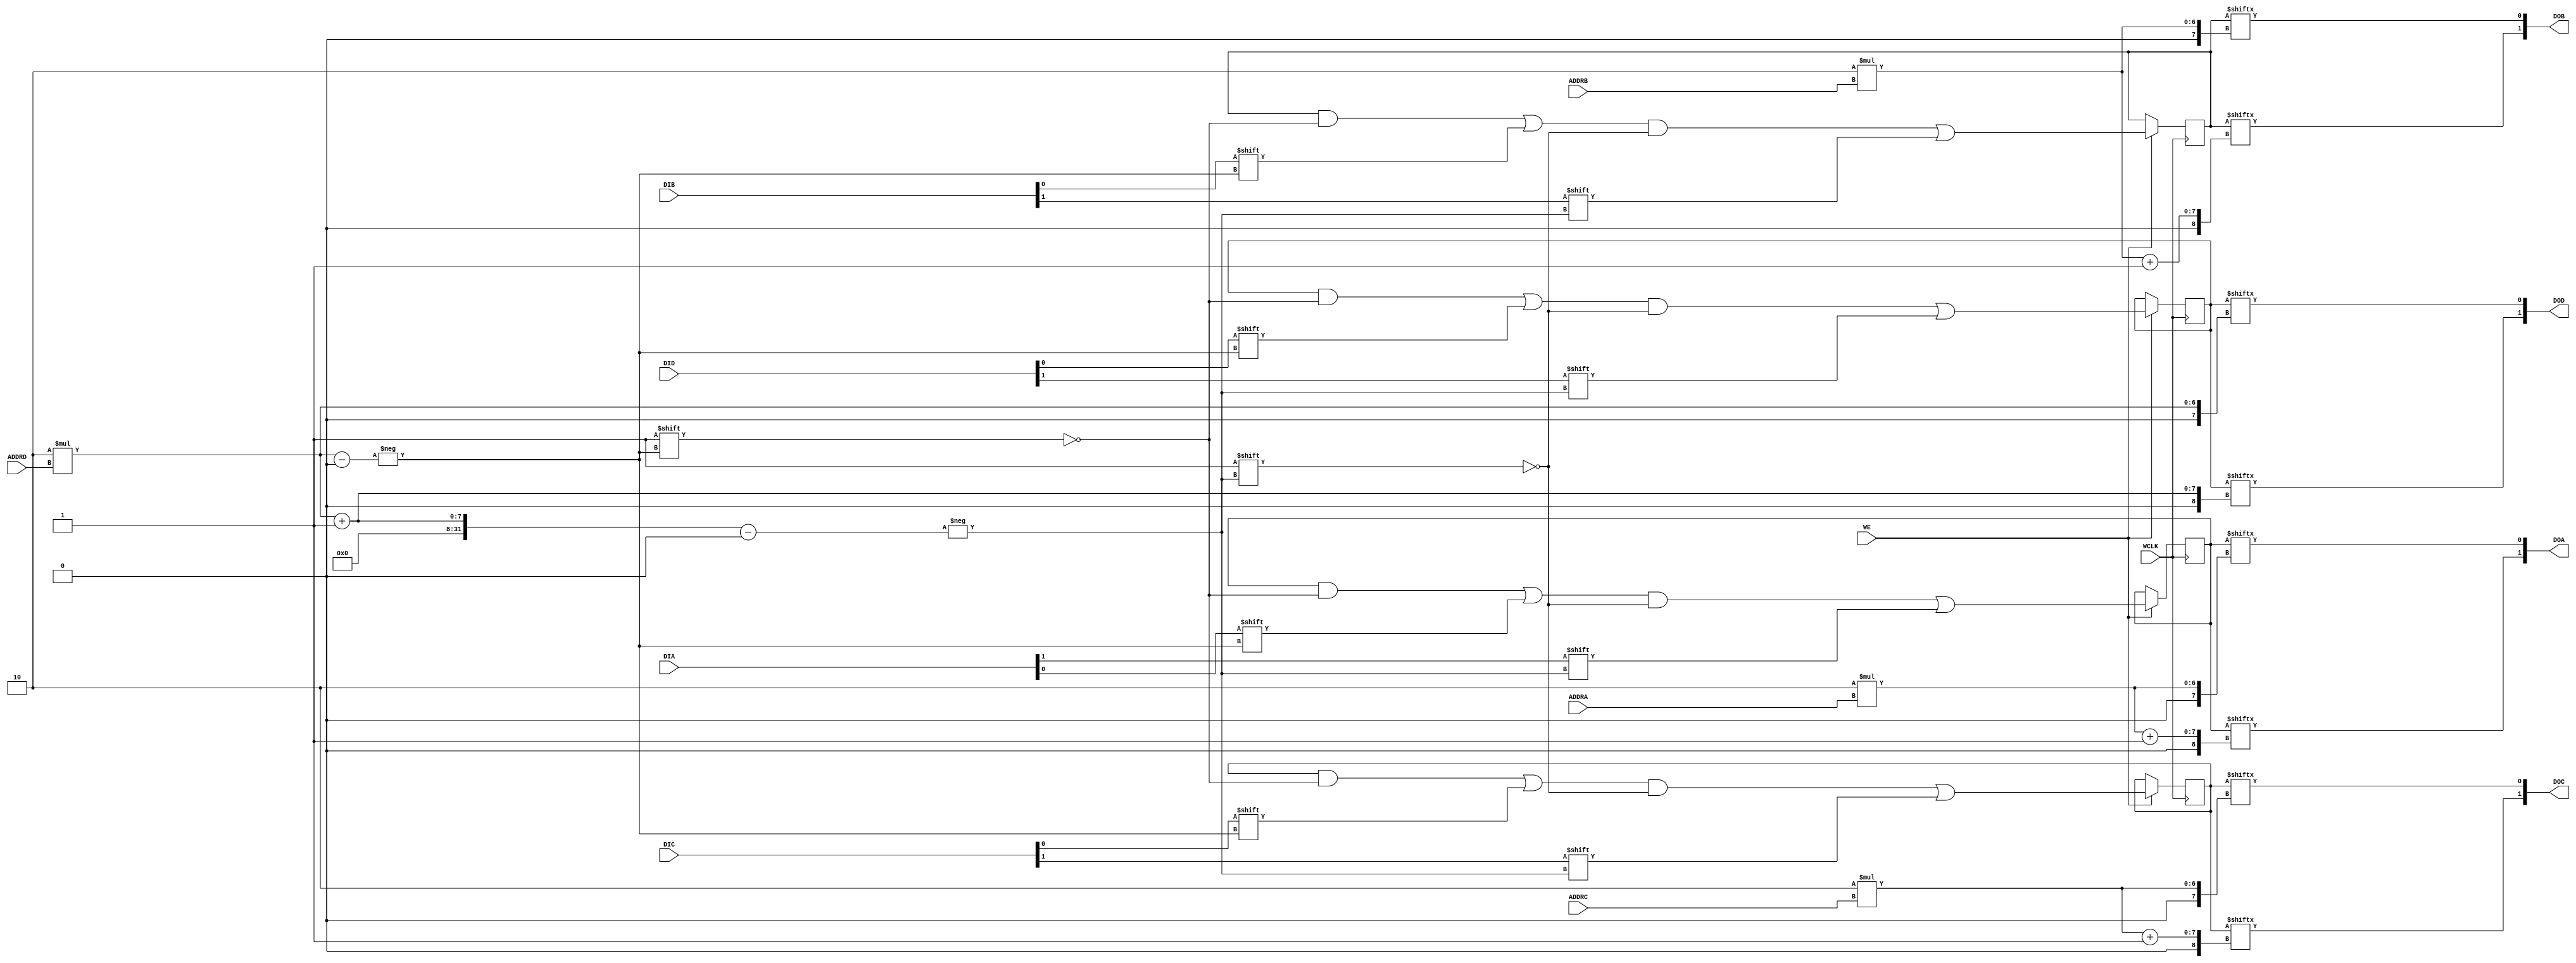
// This program was cloned from: https://github.com/jhshi/openofdm
// License: Apache License 2.0

// $Header: /devl/xcs/repo/env/Databases/CAEInterfaces/verunilibs/data/rainier/RAM32M.v,v 1.5 2010/01/14 00:42:01 yanx Exp $
///////////////////////////////////////////////////////////////////////////////
// Copyright (c) 1995/2004 Xilinx, Inc.
// All Right Reserved.
///////////////////////////////////////////////////////////////////////////////
//   ____  ____
//  /   /\/   /
// /___/  \  /    Vendor : Xilinx
// \   \   \/     Version : 10.1
//  \   \         Description : Xilinx Function Simulation Library Component
//  /   /                 32-Deep by 8-bit Wide Multi Port RAM 
// /___/   /\     Filename : RAM32M.v
// \   \  /  \    Timestamp : 
//  \___\/\___\
//
// Revision:
//    03/21/06 - Initial version.
//    01/13/10 - Remove notifier block (CR544157)
// End Revision

`timescale 1 ps/1 ps

module RAM32M (DOA, DOB, DOC, DOD, ADDRA, ADDRB, ADDRC, ADDRD, DIA, DIB, DIC, DID, WCLK, WE);

  parameter  INIT_A = 64'h0000000000000000;
  parameter  INIT_B = 64'h0000000000000000;
  parameter  INIT_C = 64'h0000000000000000;
  parameter  INIT_D = 64'h0000000000000000;

  output [1:0] DOA;
  output [1:0] DOB;
  output [1:0] DOC;
  output [1:0] DOD;
  input [4:0] ADDRA;
  input [4:0] ADDRB;
  input [4:0] ADDRC;
  input [4:0] ADDRD;
  input [1:0] DIA;
  input [1:0] DIB;
  input [1:0] DIC;
  input [1:0] DID;
  input WCLK;
  input WE;

  reg [63:0] mem_a, mem_b, mem_c, mem_d;

  initial begin
    mem_a = INIT_A;
    mem_b = INIT_B;
    mem_c = INIT_C;
    mem_d = INIT_D;
  end

  always @(posedge WCLK)
    if (WE) begin
      mem_a[2*ADDRD] <= #100 DIA[0];
      mem_a[2*ADDRD + 1] <= #100 DIA[1];
      mem_b[2*ADDRD] <= #100 DIB[0];
      mem_b[2*ADDRD + 1] <= #100 DIB[1];
      mem_c[2*ADDRD] <= #100 DIC[0];
      mem_c[2*ADDRD + 1] <= #100 DIC[1];
      mem_d[2*ADDRD] <= #100 DID[0];
      mem_d[2*ADDRD + 1] <= #100 DID[1];
  end

   assign  DOA[0] = mem_a[2*ADDRA];
   assign  DOA[1] = mem_a[2*ADDRA + 1];
   assign  DOB[0] = mem_b[2*ADDRB];
   assign  DOB[1] = mem_b[2*ADDRB + 1];
   assign  DOC[0] = mem_c[2*ADDRC];
   assign  DOC[1] = mem_c[2*ADDRC + 1];
   assign  DOD[0] = mem_d[2*ADDRD];
   assign  DOD[1] = mem_d[2*ADDRD + 1];

endmodule